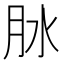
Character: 𦙙